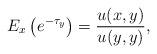
LaTeX: \begin{align*}E_x\left(e^{-\tau_y}\right)=\frac{u(x,y)}{u(y,y)},\end{align*}